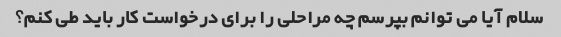
سلام آیا می توانم بپرسم چه مراحلی را برای درخواست کار باید طی کنم؟